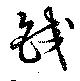
鉸